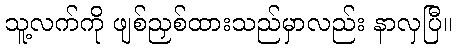
သူ့လက်ကို ဖျစ်ညှစ်ထားသည်မှာလည်း နာလှပြီ။